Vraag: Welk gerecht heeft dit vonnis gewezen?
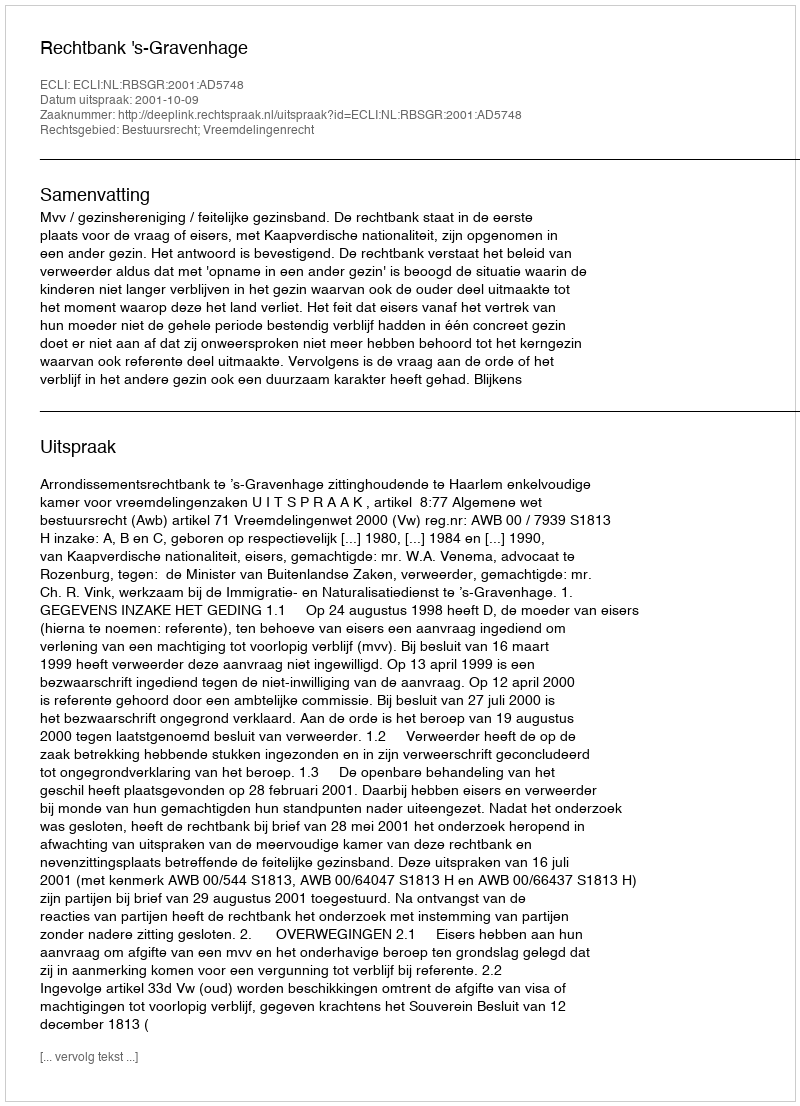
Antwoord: Rechtbank 's-Gravenhage